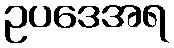
ဥပဒေအရ